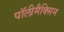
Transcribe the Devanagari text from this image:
पॉलीमैक्सिन